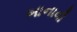
બાનાવી